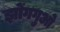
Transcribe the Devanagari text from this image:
झोंगगुओ